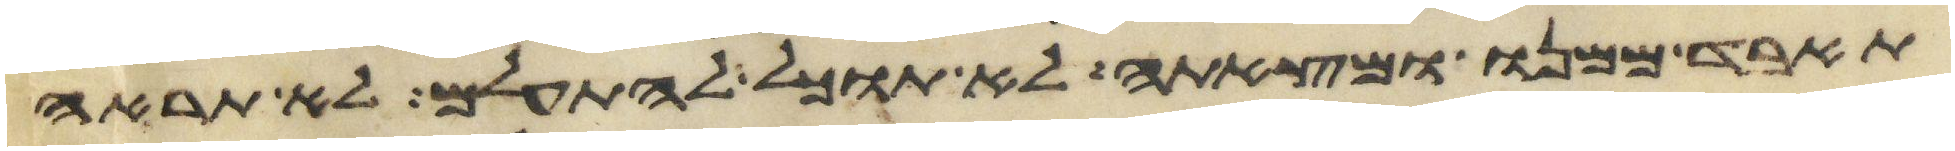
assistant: תאבד ממנו ומצאתה לא תוכל להתעלם לא תראה